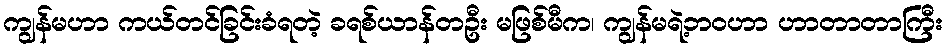
ကျွန်မဟာ ကယ်တင်ခြင်းခံရတဲ့ ခရစ်ယာန်တဦး မဖြစ်မီက၊ ကျွန်မရဲ့ဘဝဟာ ဟာတာတာကြီး